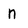
Character: n